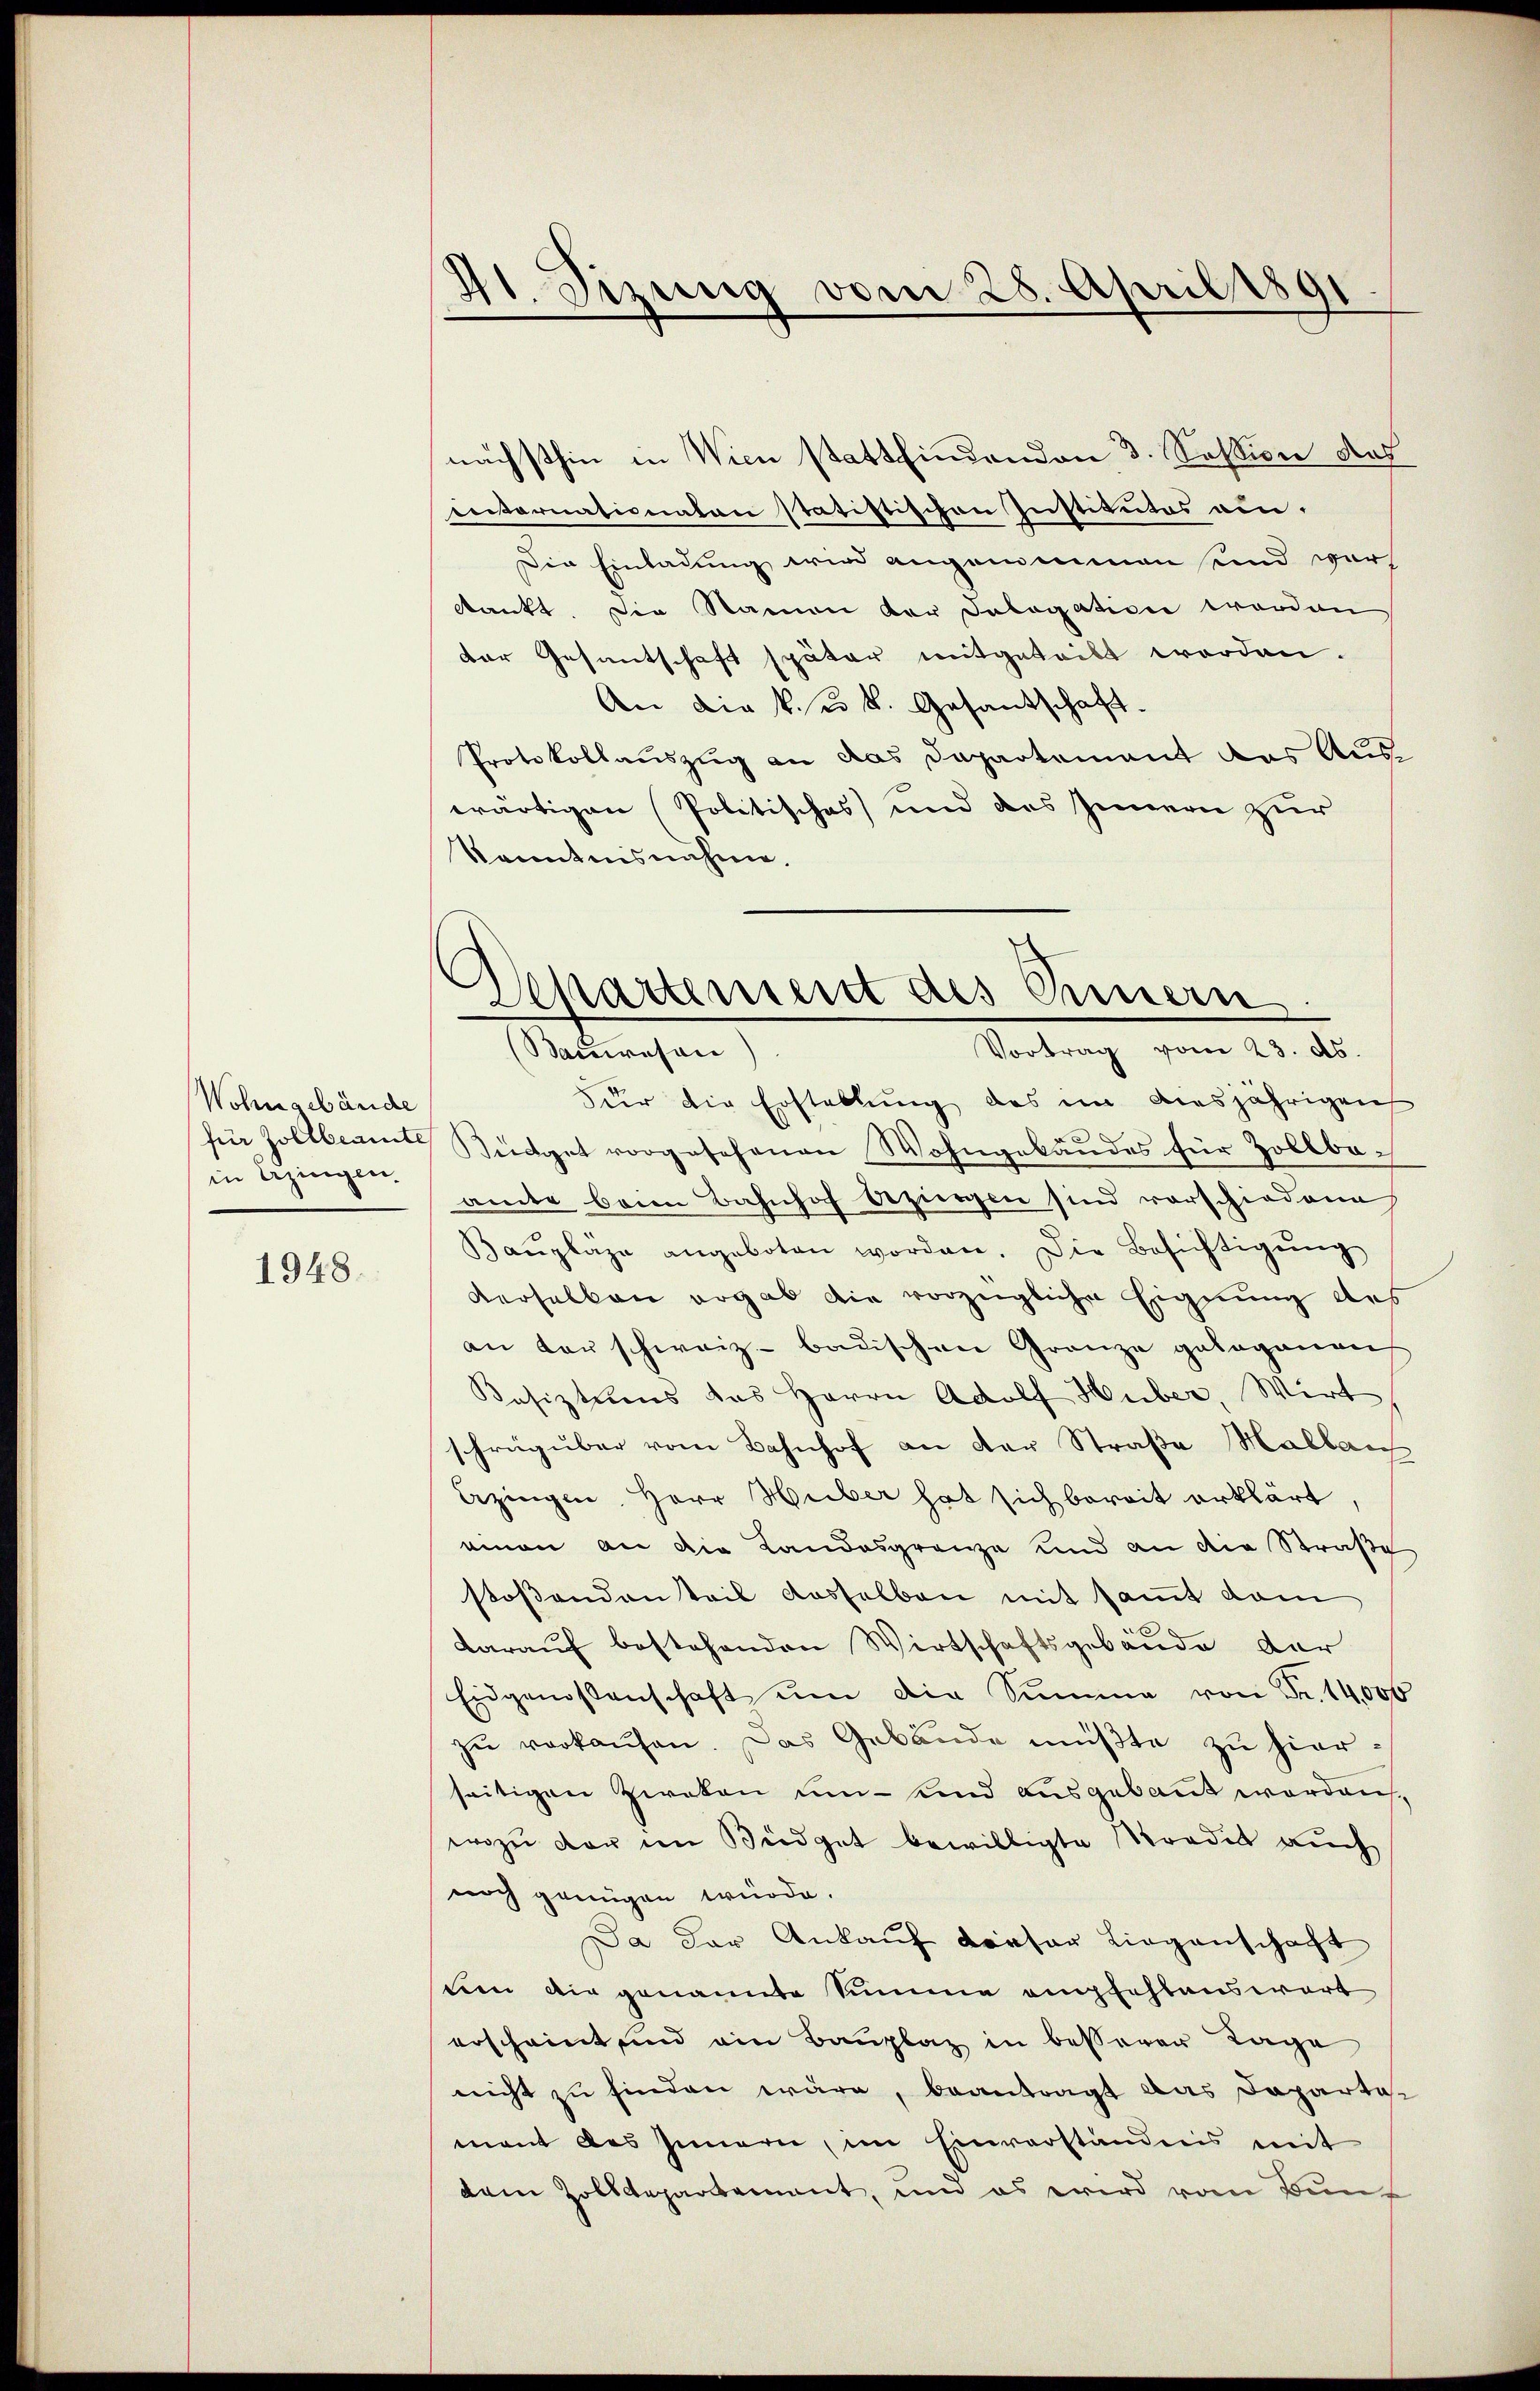
Wohngebäude
in Erzingen.

1948.

41. Sizung vom 28. April 1891

Departement des Innern.
Vortrag vom 23. ds.
Baŭwesen)

nächsthin in Wien stattfindenden 3. Session des
enternationalen statistischen Institutes au-
Die Einladung wird angenommen und war
dankt. Die Namen der Salogation worden
der Gesantschaft später mitgeteilt worden.
An die k. u. k. Gesandschaft.
Protokollauszug an das Departement des Aus-
wärtigen Politisches) und des Innern zur
Kenntnisnahme.
dur die Erstellung des im Aiesjährigen
für Zollbeamt Büdget vorgesehenen Wohngebäudes für Zollbach
amte beim Bahnhof bezieren sind vorschiedene
Baŭpläge angeboten worden. Die Besichtigŭng
derselben ergab die vorzügliche Eignung des
an tauschweiz. badischen Granze gelegenen
Besiztums des Herrn Adolf Huber, Wirt
schräg über vom Bahnhof an der Straße Hallaus
Azingen, Herr Huber hat sich bereit erklärt.
einen an die Landesgrenze und an die Straße
stoßenden teil dasselben mit sammt dam
darauf bestehenden Wirtschaftsgebäude der
Eidgenossenschaft ŭm die Summe von Fr. 14,000
zŭ verkaŭfen. Das Gebäude müßte zu hierseitigen Zweken um- und ausgebaut worden,
wozu der im Büdget bewilligte Kredit auch
noch genügen würde.
Da der Ankauf dieser Liegenschaft
tien die genannte Summe empfehlenswert
erscheint und ein Bauplaz in besserer Tage
nicht zu finden wäre, beantragt das Daparta-
mant des Innern, im Einverständnis mit
dem Zolldepartement, und es wird vom Bun¬